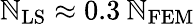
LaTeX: \mathbb{N}_{\mathrm{{LS}}}\approx0.3\: \mathbb{N}_{\mathrm{{FEM}}}